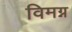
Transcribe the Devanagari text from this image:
विमग्न